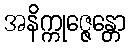
အနိက္ကုဇ္ဇေန္တော